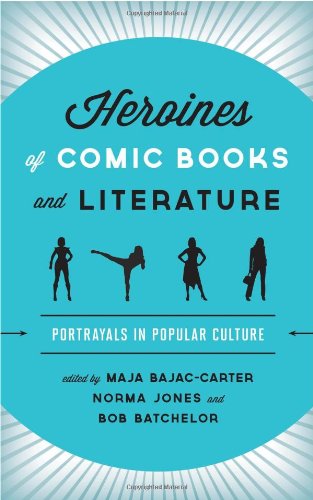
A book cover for Heroines of Comic Books and Literature: Portrayals in Popular Culture; Literature & Fiction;